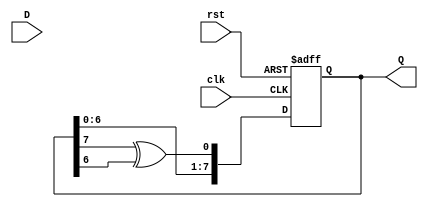
module feedback_register #(
    parameter WIDTH = 8,           // Width of the register (number of bits)
    parameter INIT_STATE = 8'b00000001 // Initial state on reset
)(
    input wire clk,                // Clock input
    input wire rst,                // Asynchronous reset
    input wire [WIDTH-1:0] D,      // Data input
    output reg [WIDTH-1:0] Q       // Current state output
);

    // Feedback logic (simple example, can be modified)
    wire feedback;
    assign feedback = (Q[WIDTH-1] ^ Q[WIDTH-2]); // Example feedback mechanism 

    // Sequential logic for updating the state
    always @(posedge clk or posedge rst) begin
        if (rst) begin
            Q <= INIT_STATE;         // Asynchronous reset to initial state
        end else begin
            // Update the current state based on feedback and input data
            Q <= {Q[WIDTH-2:0], feedback}; // Shift right and insert feedback
        end
    end
endmodule